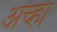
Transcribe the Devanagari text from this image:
अच्हा